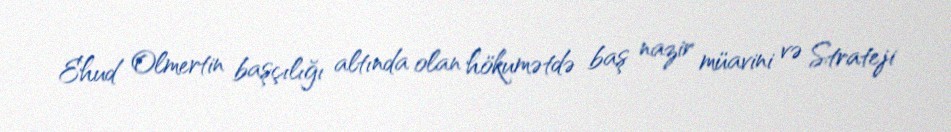
Ehud Olmertin başçılığı altında olan hökumətdə baş nazir müavini və Strateji